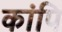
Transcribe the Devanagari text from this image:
कांपि